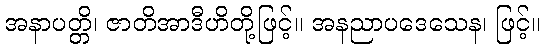
အနာပတ္တိ၊ ဇာတိအာဒီဟိတို့ဖြင့်။ အနညာပဒေသေန၊ ဖြင့်။